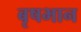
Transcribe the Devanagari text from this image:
बृषभान